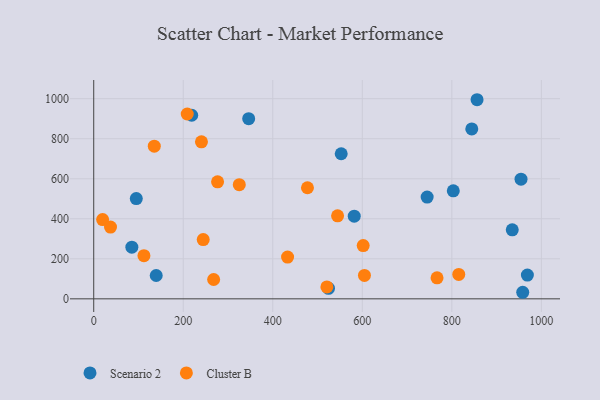
{"axis": {"x": "Investment", "y": "Demand"}, "legend": ["Cluster B", "Scenario 2"], "data": [{"x": "95.1", "y": 501.0, "type": "Scenario 2"}, {"x": "139.6", "y": 116.5, "type": "Scenario 2"}, {"x": "346.2", "y": 900.3, "type": "Scenario 2"}, {"x": "968.8", "y": 118.6, "type": "Scenario 2"}, {"x": "524.5", "y": 52.7, "type": "Scenario 2"}, {"x": "552.9", "y": 725.0, "type": "Scenario 2"}, {"x": "958.4", "y": 32.8, "type": "Scenario 2"}, {"x": "218.9", "y": 917.2, "type": "Scenario 2"}, {"x": "844.6", "y": 848.8, "type": "Scenario 2"}, {"x": "954.6", "y": 598.1, "type": "Scenario 2"}, {"x": "582.0", "y": 412.9, "type": "Scenario 2"}, {"x": "85.2", "y": 258.0, "type": "Scenario 2"}, {"x": "856.4", "y": 994.8, "type": "Scenario 2"}, {"x": "744.9", "y": 508.2, "type": "Scenario 2"}, {"x": "935.0", "y": 344.7, "type": "Scenario 2"}, {"x": "803.3", "y": 539.7, "type": "Scenario 2"}, {"x": "267.9", "y": 96.7, "type": "Cluster B"}, {"x": "520.9", "y": 59.6, "type": "Cluster B"}, {"x": "602.0", "y": 266.0, "type": "Cluster B"}, {"x": "276.7", "y": 584.5, "type": "Cluster B"}, {"x": "477.5", "y": 555.0, "type": "Cluster B"}, {"x": "815.5", "y": 122.0, "type": "Cluster B"}, {"x": "135.3", "y": 762.8, "type": "Cluster B"}, {"x": "325.2", "y": 570.5, "type": "Cluster B"}, {"x": "433.1", "y": 208.5, "type": "Cluster B"}, {"x": "604.8", "y": 117.0, "type": "Cluster B"}, {"x": "19.9", "y": 396.1, "type": "Cluster B"}, {"x": "767.0", "y": 104.8, "type": "Cluster B"}, {"x": "112.2", "y": 215.6, "type": "Cluster B"}, {"x": "544.8", "y": 414.7, "type": "Cluster B"}, {"x": "208.9", "y": 923.4, "type": "Cluster B"}, {"x": "240.7", "y": 784.5, "type": "Cluster B"}, {"x": "244.6", "y": 296.1, "type": "Cluster B"}, {"x": "37.5", "y": 358.7, "type": "Cluster B"}]}